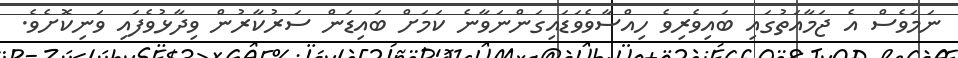
ނަމަވެސް އެ ޖަމާއަތުގައި ބައިވެރިވެ ހިއްސާވެވަޑައިގަންނަވާނެ ކަމަށް ބައިޑަން ސަރުކާރުން ވިދާޅުވެފައި ވަނިކޮށެވެ.